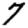
Digit: 7